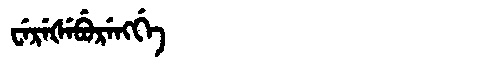
Manchu: ᠸᡝᡵᡝᡧᡝᠪᡠᡵᡝᠩᡤᡝ
Romanization: WEREŠEBURENGGE